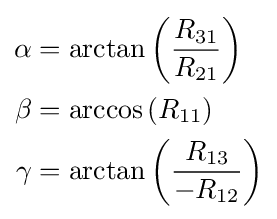
{\begin{aligned}\alpha &=\arctan \left({\frac {R_{31}}{R_{21}}}\right)\\\beta &=\arccos \left(R_{11}\right)\\\gamma &=\arctan \left({\frac {R_{13}}{-R_{12}}}\right)\end{aligned}}